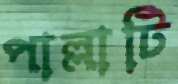
পাল্লাটি